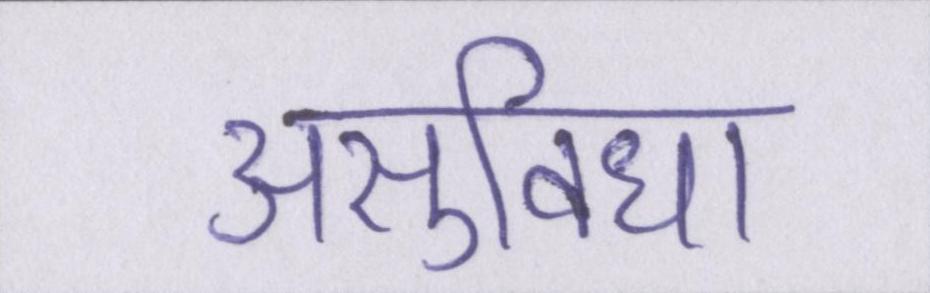
असुविधा